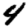
Digit: 4